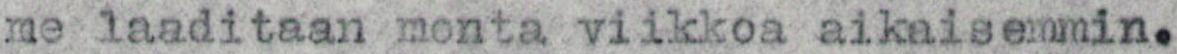
me laaditaan monta viikkoa aikaisemmin.